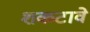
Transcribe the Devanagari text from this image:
शकटावे